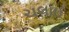
ચલાઈ